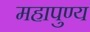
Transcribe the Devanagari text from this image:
महापुण्य